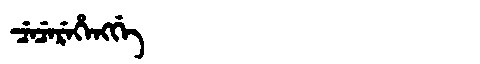
Manchu: ᠴᡝᠴᡝᡵᡝᡥᡝᠩᡤᡝ
Romanization: CECEREHENGGE